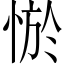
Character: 𢛨